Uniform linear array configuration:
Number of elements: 64
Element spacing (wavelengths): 1
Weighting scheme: uniform
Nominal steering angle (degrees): -15
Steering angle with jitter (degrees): -14.448
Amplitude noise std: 0.05
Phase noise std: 0.05

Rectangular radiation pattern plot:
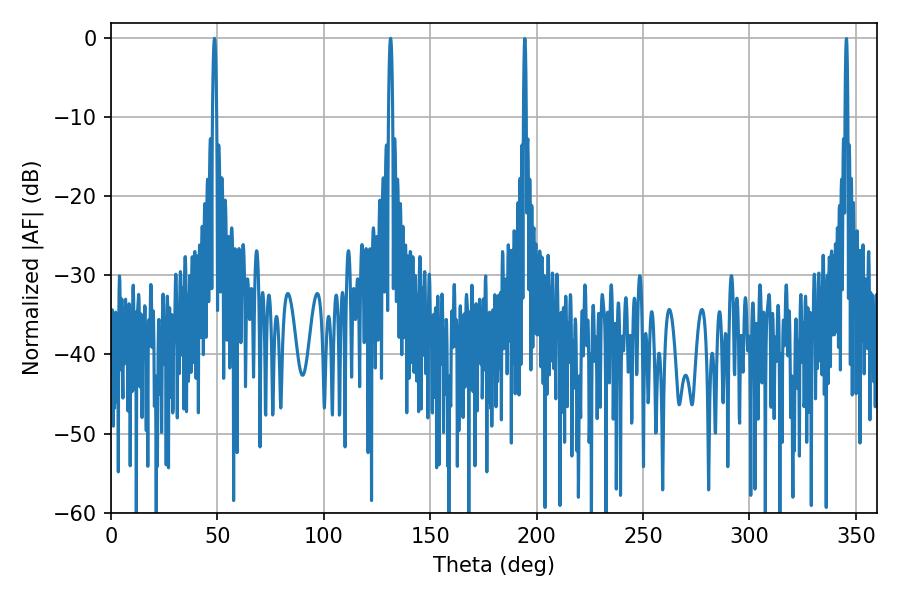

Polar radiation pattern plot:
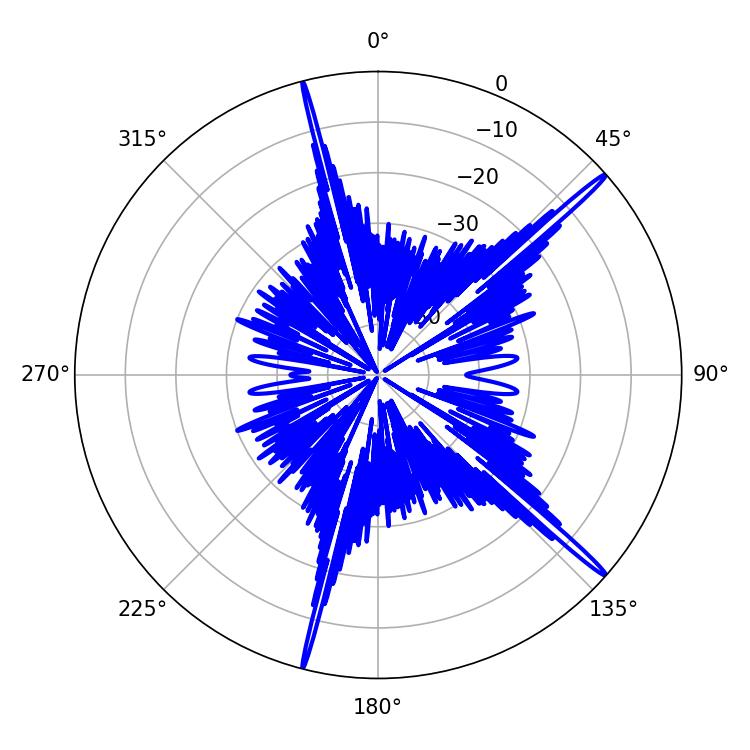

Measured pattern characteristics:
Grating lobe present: TRUE
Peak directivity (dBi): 18.63
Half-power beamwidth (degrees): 1.08
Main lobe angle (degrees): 48.6